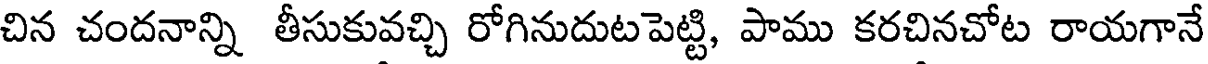
చిన చందనాన్ని తీసుకువచ్చి రోగినుదుటపెట్టి, పాము కరచినచోట రాయగానే